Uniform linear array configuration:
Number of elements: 64
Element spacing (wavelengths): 0.75
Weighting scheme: uniform
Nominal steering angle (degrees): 60
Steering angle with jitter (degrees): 61.783
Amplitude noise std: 0.05
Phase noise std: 0.05

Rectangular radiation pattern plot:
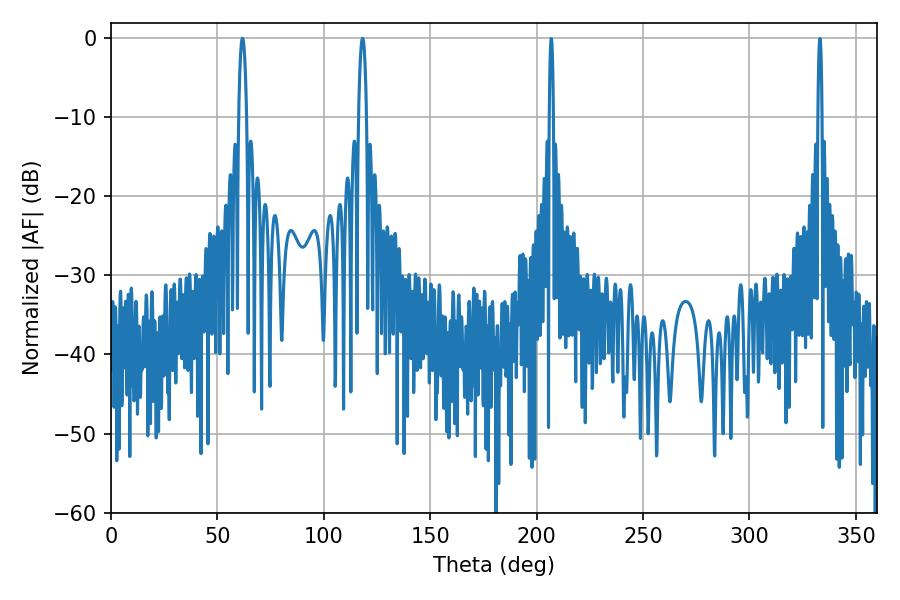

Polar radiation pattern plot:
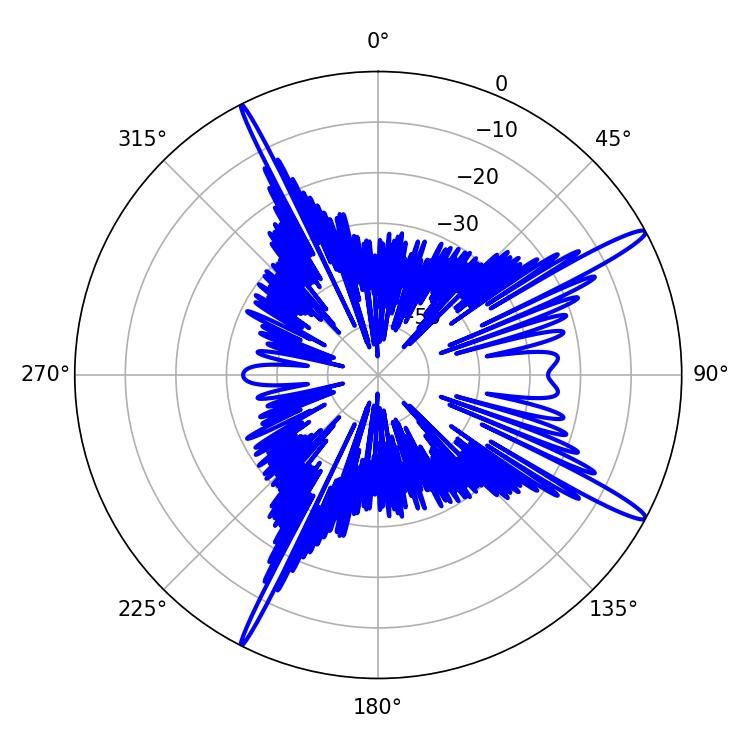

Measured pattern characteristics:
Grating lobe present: TRUE
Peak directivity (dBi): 15.467
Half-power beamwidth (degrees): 1.98
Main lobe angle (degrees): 118.26